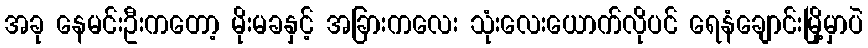
အခု နေမင်းဦးကတော့ မိုးမခနှင့် အခြားကလေး သုံးလေးယောက်လိုပင် ရေနံချောင်းမြို့မှာပဲ